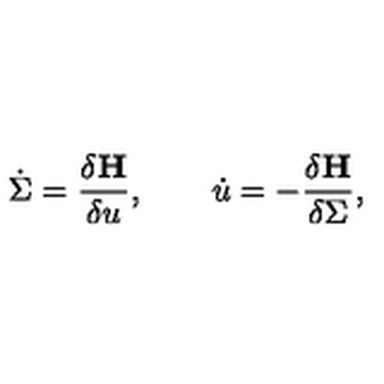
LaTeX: \dot { \Sigma } = \frac { \delta { \bf H } } { \delta u } , \qquad \dot { u } = - \frac { \delta { \bf H } } { \delta \Sigma } ,